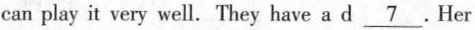
can play it very well.They have a d \underline7 .Her